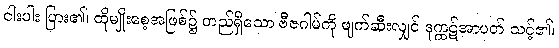
ငါးပါး ပြား၏၊ ထိုမျိုးစေ့အဖြစ်၌ တည်ရှိသော ဗီဇဂါမ်ကို ဖျက်ဆီးလျှင် ဒုက္ကဋ်အာပတ် သင့်၏၊